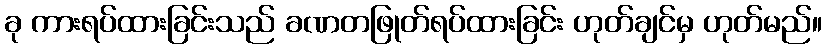
ခု ကားရပ်ထားခြင်းသည် ခဏတဖြုတ်ရပ်ထားခြင်း ဟုတ်ချင်မှ ဟုတ်မည်။